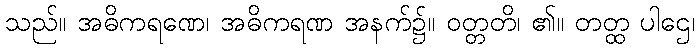
သည်။ အဓိကရဏေ၊ အဓိကရဏ အနက်၌။ ဝတ္တတိ၊ ၏။ တတ္ထ ပါဌေ၊